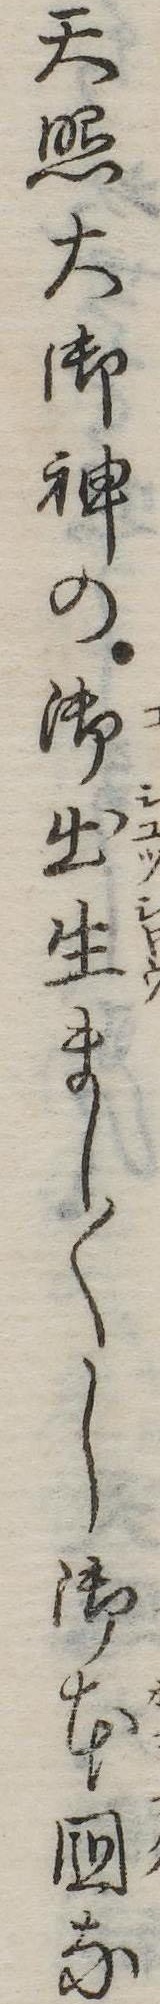
天照大御神の御出生まし〱し御本国な